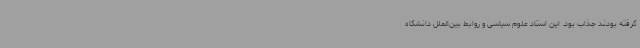
گرفته بودند جذاب بود. این استاد علوم سیاسی و روابط بین‌الملل دانشگاه